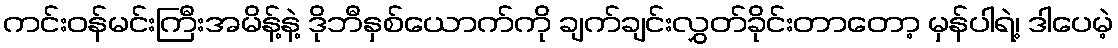
ကင်းဝန်မင်းကြီးအမိန့်နဲ့ ဒိုဘီနှစ်ယောက်ကို ချက်ချင်းလွှတ်ခိုင်းတာတော့ မှန်ပါရဲ့၊ ဒါပေမဲ့